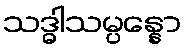
သဒ္ဓါသမ္ပန္နော